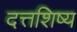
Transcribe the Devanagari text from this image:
दत्तशिष्य